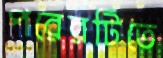
পরেরটিতে